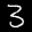
Label: 3